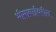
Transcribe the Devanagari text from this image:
भीमाबाईवरील